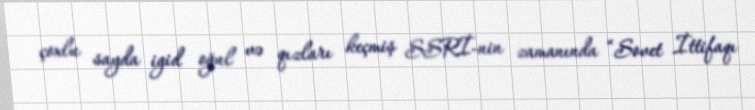
çoxlu sayda igid oğul və qızları keçmiş SSRİ-nin zamanında “Sovet İttifaqı